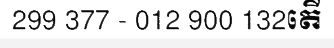
299 377 - 012 900 132តើ